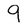
Character: 9